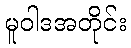
မူဝါဒအတိုင်း